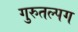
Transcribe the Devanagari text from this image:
गुरुतल्पग